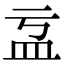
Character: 𥁄